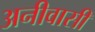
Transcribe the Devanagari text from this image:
अनीवासी